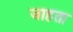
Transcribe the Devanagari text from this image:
जाहता